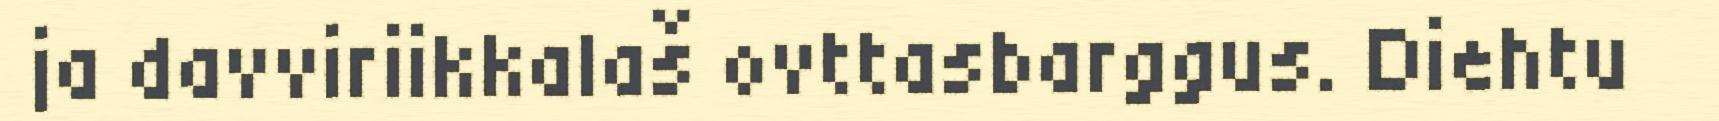
ja davviriikkalaš ovttasbarggus. Diehtu